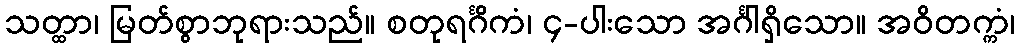
သတ္ထာ၊ မြတ်စွာဘုရားသည်။ စတုရင်္ဂိကံ၊ ၄-ပါးသော အင်္ဂါရှိသော။ အဝိတက္ကံ၊